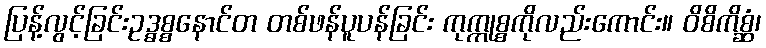
ပြန့်လွင့်ခြင်းဥဒ္ဓစ္စနောင်တ တစ်ဖန်ပူပန်ခြင်း ကုက္ကုစ္စကိုလည်းကောင်း။ ဝိစိကိစ္ဆံ၊